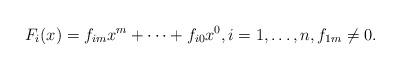
LaTeX: \begin{align*} F_i(x)=f_{im} x^m+\dots+f_{i0} x^0, i=1, \dots, n, f_{1m} \neq 0.\end{align*}